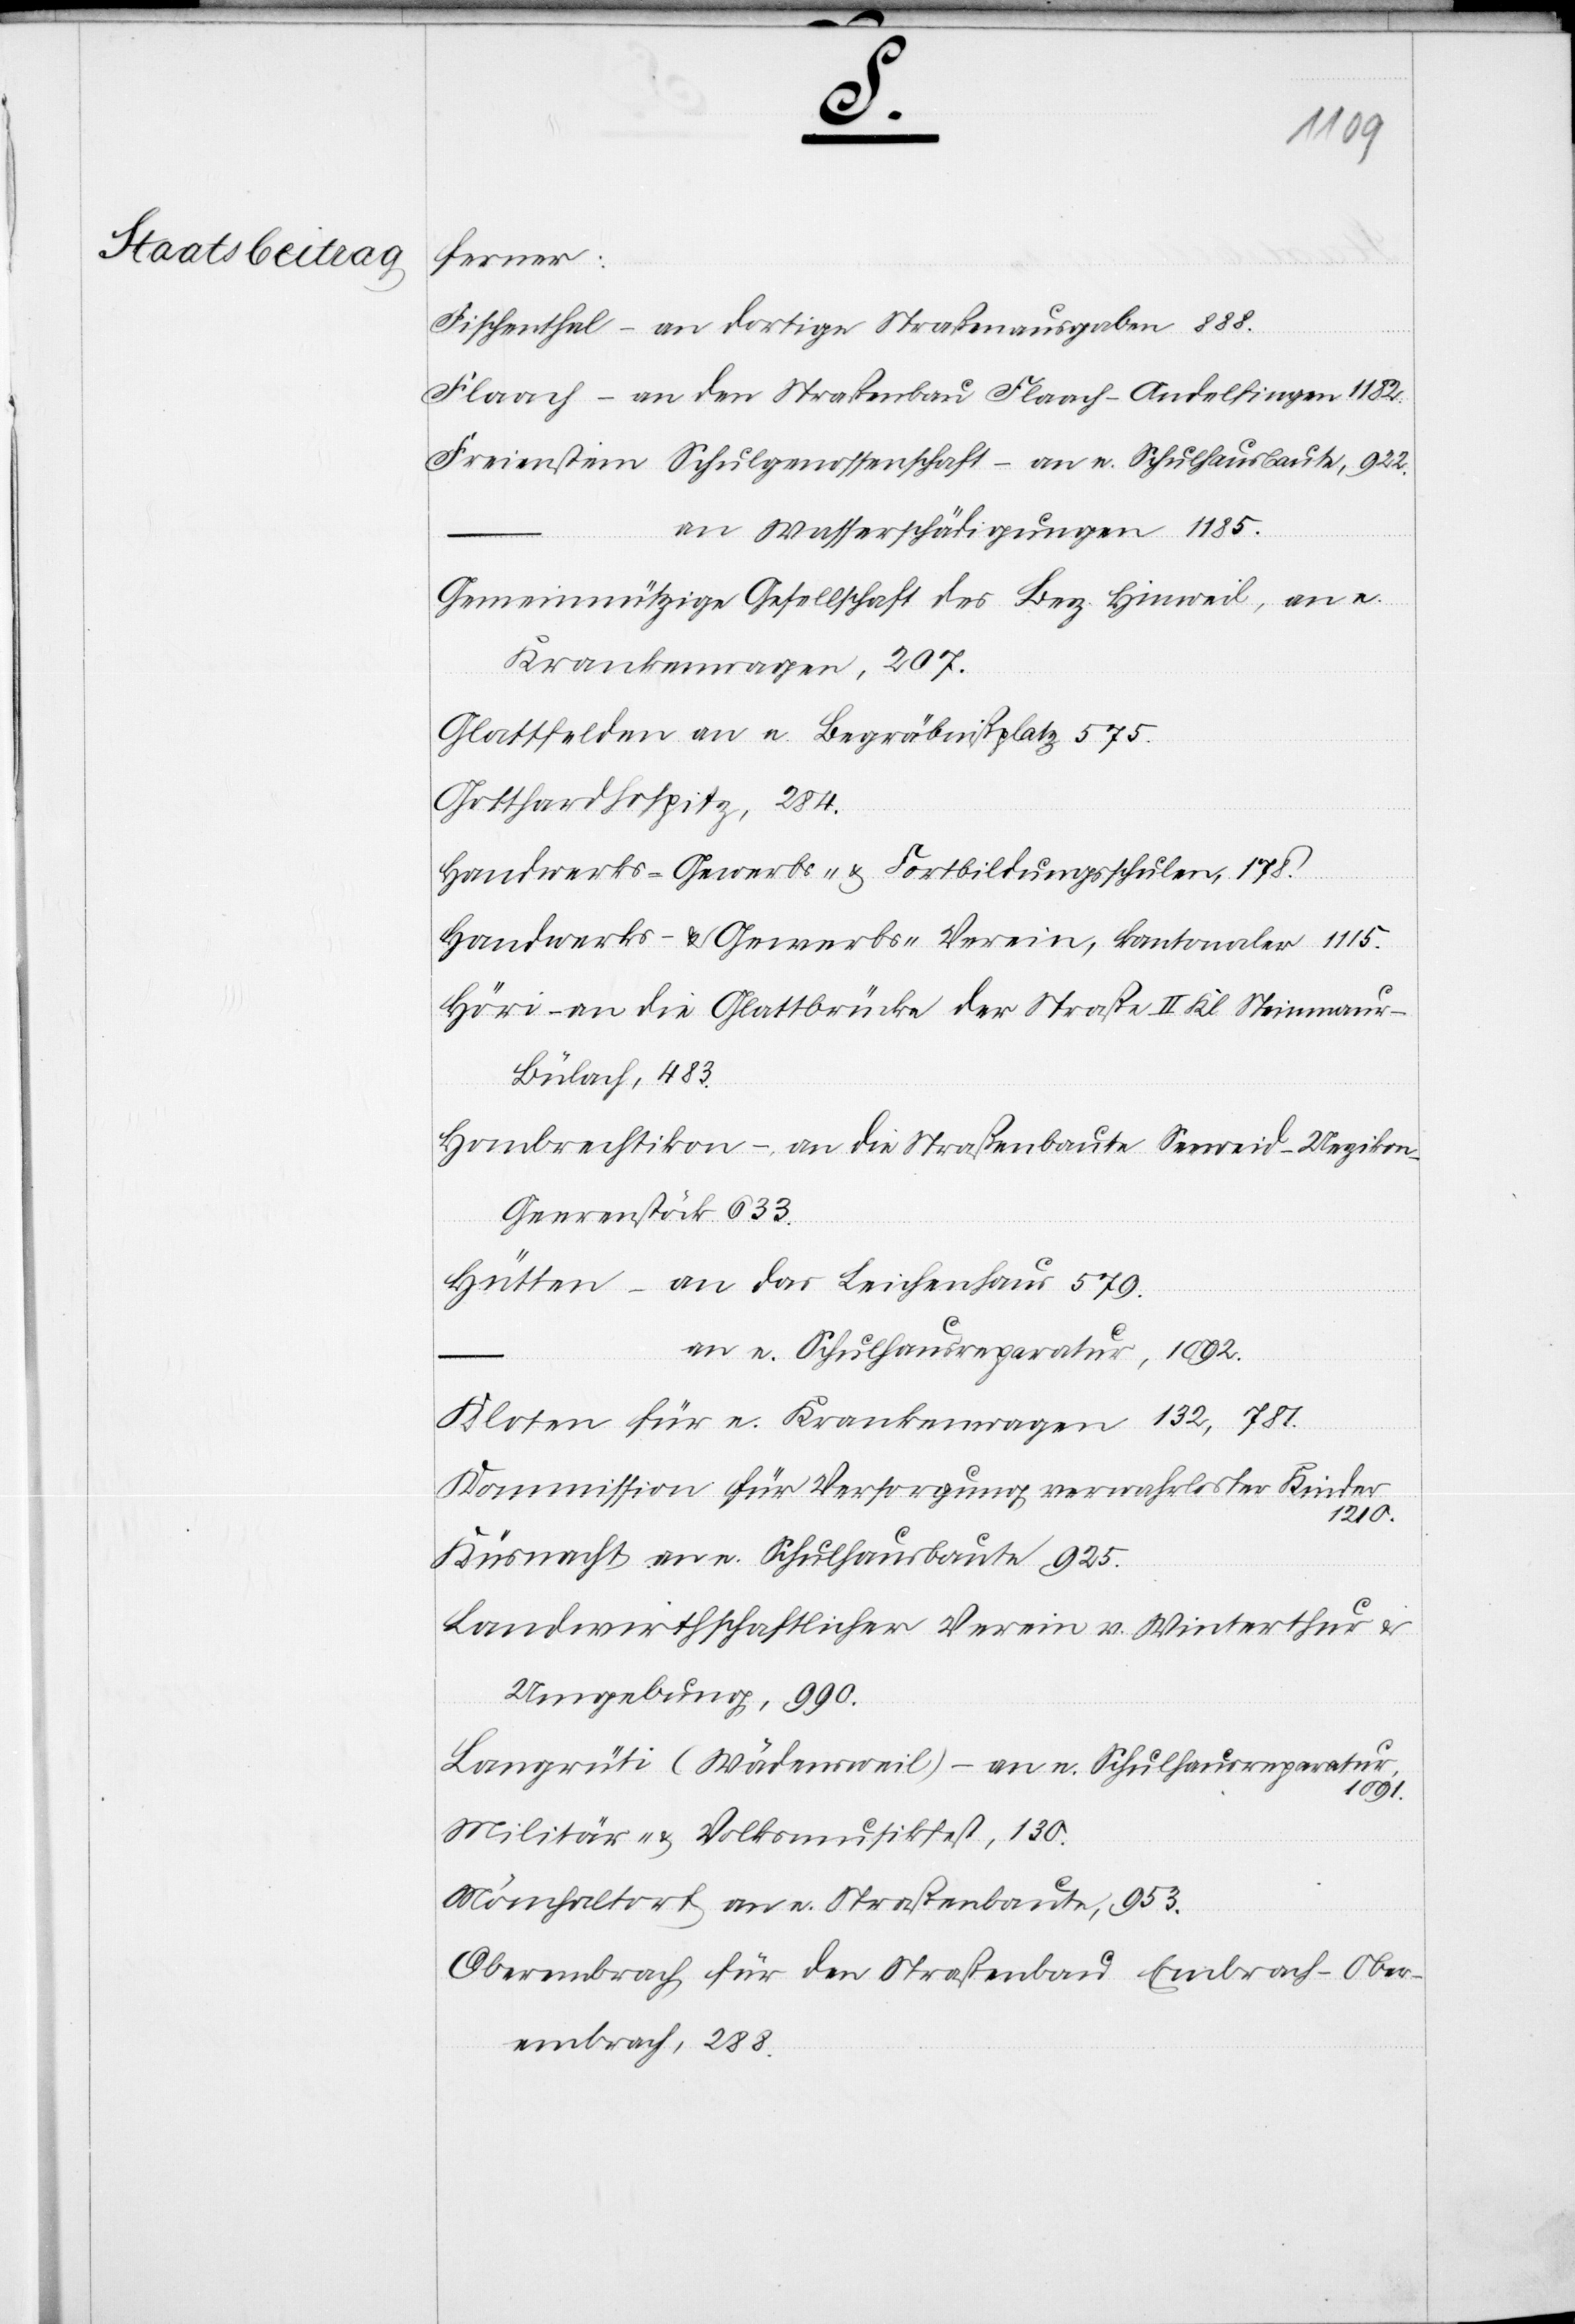
Die
werden.